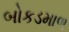
બોકડમાળ